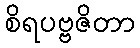
စိရပဗ္ဗဇိတာ